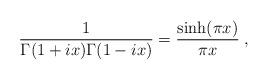
LaTeX: \begin{align*}{1 \over \Gamma(1 + i x) \Gamma(1 - i x)} = {\sinh(\pi x) \over \pi x} \; ,\end{align*}